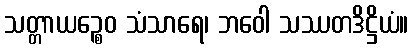
သတ္တာယဉ္စေဝ သံသာရေ၊ ဘဝေါ သဿတဒိဋ္ဌိယံ။